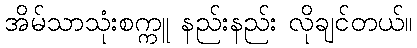
အိမ်သာသုံးစက္ကူ နည်းနည်း လိုချင်တယ်။